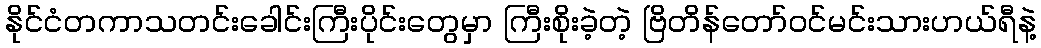
နိုင်ငံတကာသတင်းခေါင်းကြီးပိုင်းတွေမှာ ကြီးစိုးခဲ့တဲ့ ဗြိတိန်တော်ဝင်မင်းသားဟယ်ရီနဲ့